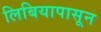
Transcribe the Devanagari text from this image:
लिबियापासून